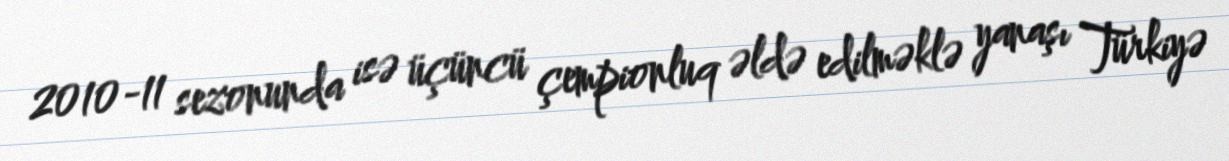
2010-11 sezonunda isə üçüncü çempionluq əldə edilməklə yanaşı Türkiyə